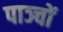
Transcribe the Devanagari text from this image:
पाञ्चों